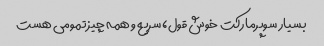
بسیار سوپرمارکت خوش قول، سریع و همه چیز تمومی هست